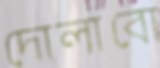
দোলাবো